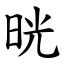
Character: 晄